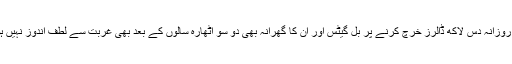
اسی طرح روزانہ دس لاکھ ڈالرز خرچ کرنے پر بل گیٹس اور ان کا گھرانہ بھی دو سو اٹھارہ سالوں کے بعد بھی غربت سے لطف اندوز نہیں ہوسکے گا۔